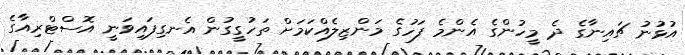
އުޅުނު ޗައިނާގެ ދެ މީހުންގެ އެންމެ ފަހުގެ މަންޒިލެއްކަމަށް ތަހުގީގުން އެނގިފައިވަނީ އޮސްޓްރިއާގެ